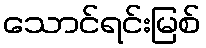
သောင်ရင်းမြစ်